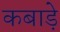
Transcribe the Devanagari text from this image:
कबाड़े